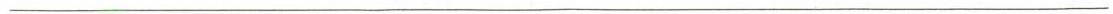
___